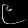
Digit: ၉